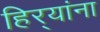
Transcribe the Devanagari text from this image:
हिर्‍यांना